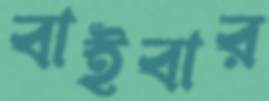
বাইবার